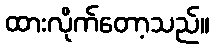
ထားလိုက်တော့သည်။